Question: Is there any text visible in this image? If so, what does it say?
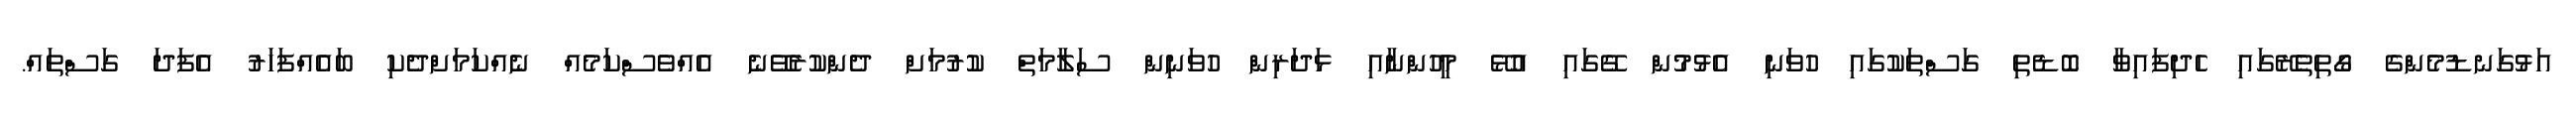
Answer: އަޅުގަނޑުމެންގެ ގޯތިތެރޭގައި ހެދިފައިވާ ބޮޑެތި ގަސްތަކުގައި ހުވަނި އެޅުމުން ގޭގައި އުޅޭ މީހުންނާއި ޅަދަރިން ހުވަނިން ސަލާމަތް ކުރުމަށް ދެންކުރެވޭނެ އެއްވެސްކަމެއް ނެއްކަމަށްދެކި ބައެއްފަހަރު އެފަދަ ގަސްތައް.